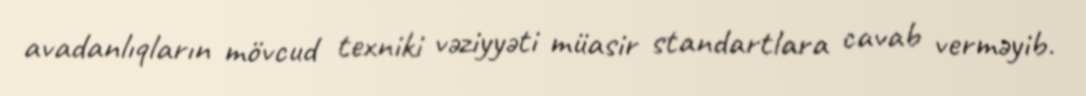
avadanlıqların mövcud texniki vəziyyəti müasir standartlara cavab verməyib.